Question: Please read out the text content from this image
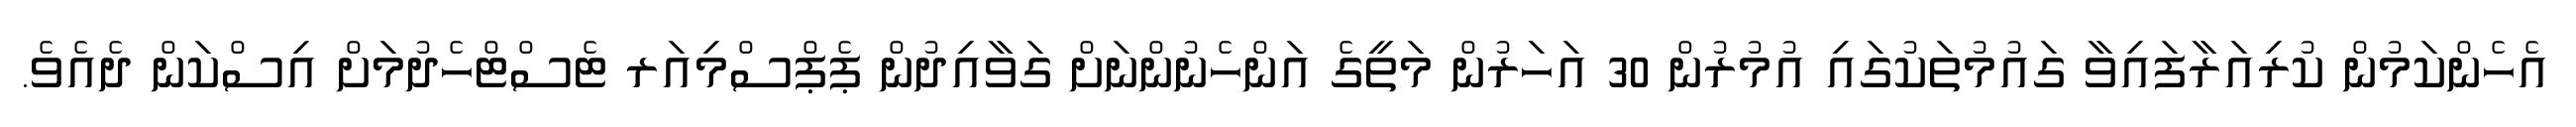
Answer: އެހެންކަމުން ކުރިއަރާފައިވާ ގައުމުތަކުގައި އުމުރުން 30 އަހަރުން މަތީގެ އަންހެނުންނަށް ގަވާއިދުން ޕެޕްސްމިއަރ ޓެސްޓްހެދުމަށް އިސްކަން ދެއެވެ.